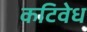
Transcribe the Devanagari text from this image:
कटिवेध